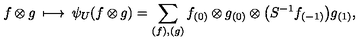
f \otimes g \: \longmapsto \: \psi _ { U } ( f \otimes g ) = \sum _ { ( f ) , ( g ) } f _ { ( 0 ) } \otimes g _ { ( 0 ) } \otimes \big ( S ^ { - 1 } f _ { ( - 1 ) } \big ) g _ { ( 1 ) } ,